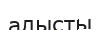
алысты